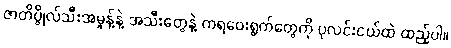
ဇာတိပ္ဇိုလ်သီးအမှုန့်နဲ့ အသီးတွေနဲ့ ကရဝေးရွက်တွေကို ပုလင်းငယ်ထဲ ထည့်ပါ။